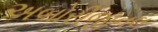
અબોરીજીનલ